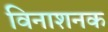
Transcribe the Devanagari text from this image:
विनाशनक